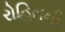
રોહિતની